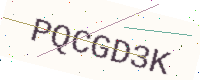
Text: PQCGD3K